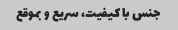
جنس با کیفیت، سریع و بموقع